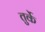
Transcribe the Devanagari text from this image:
तुर्के